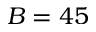
B = 4 5